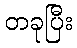
တခုပြီး